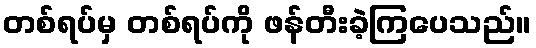
တစ်ရပ်မှ တစ်ရပ်ကို ဖန်တီးခဲ့ကြပေသည်။